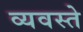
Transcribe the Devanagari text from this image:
व्यवस्ते